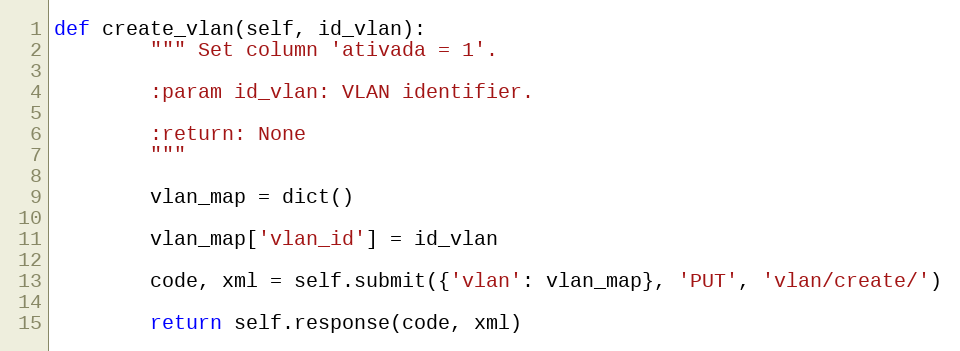
Language: Python
def create_vlan(self, id_vlan):
        """ Set column 'ativada = 1'.

        :param id_vlan: VLAN identifier.

        :return: None
        """

        vlan_map = dict()

        vlan_map['vlan_id'] = id_vlan

        code, xml = self.submit({'vlan': vlan_map}, 'PUT', 'vlan/create/')

        return self.response(code, xml)